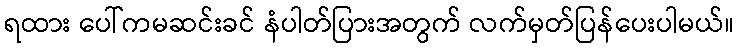
ရထား ပေါ်ကမဆင်းခင် နံပါတ်ပြားအတွက် လက်မှတ်ပြန်ပေးပါမယ်။